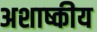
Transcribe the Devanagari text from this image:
अशाष्कीय